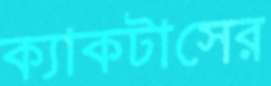
ক্যাকটাসের